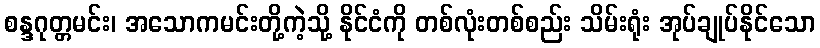
စန္ဒဂုတ္တမင်း၊ အသောကမင်းတို့ကဲ့သို့ နိုင်ငံကို တစ်လုံးတစ်စည်း သိမ်းရုံး အုပ်ချုပ်နိုင်သော